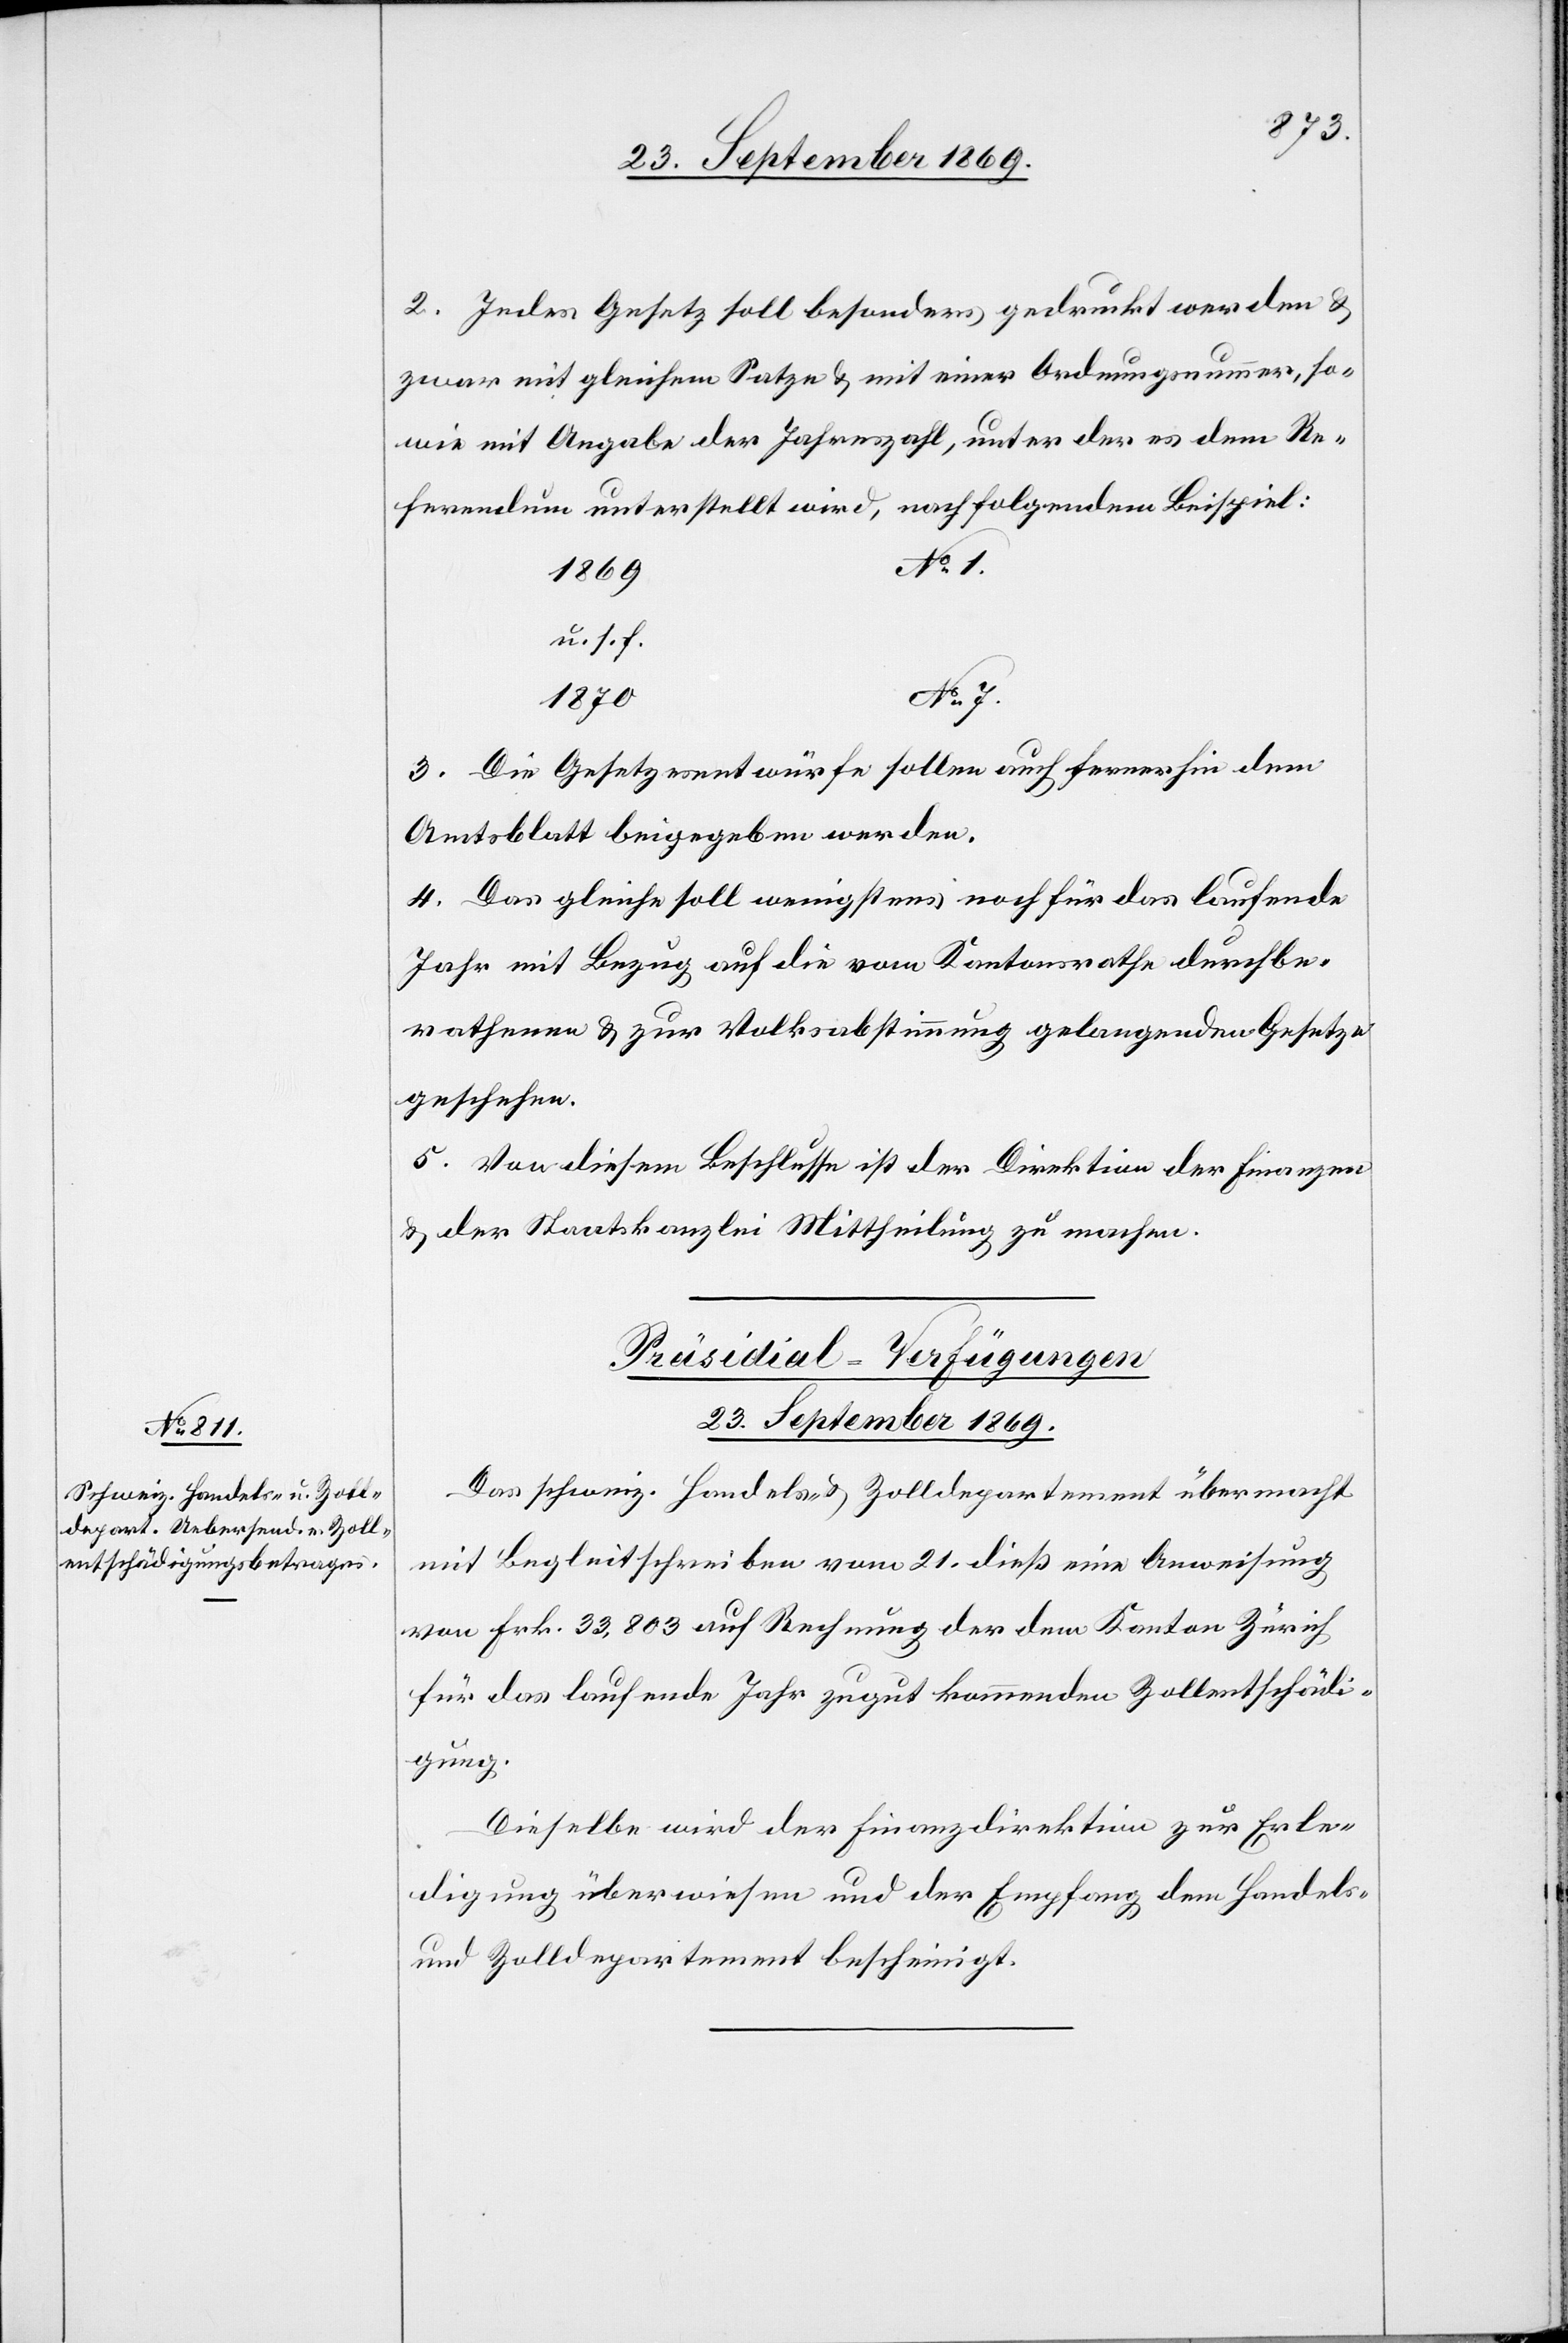
23. September 1869.
2. Jedes Gesetz soll besonders gedruckt werden &
zwar mit gleichem Satze & mit einer Ordnungsnummer, so¬
wie mit Angabe der Jahreszahl, unter der es dem Re¬
ferendum unterstellt wird, nach folgendem Beispiel:
u. s. f.
3. Die Gesetzesentwürfe sollen auch fernerhin dem
Amtsblatt beigegeben werden.
4. Das gleiche soll wenigstens noch für das laufende
Jahr mit Bezug auf die vom Kantonsrathe durchbe¬
rathenen & zur Volksabstimmung gelangenden Gesetze
geschehen.
5. Von diesem Beschlusse ist der Direktion der Finanzen
& der Staatskanzlei Mittheilung zu machen.
Präsidial-Verfügungen
Das schweiz. Handels- & Zolldepartement übermacht
mit Begleitschreiben vom 21. dies eine Anweisung
von Frk. 33,803 auf Rechnung der dem Kanton Zürich
für das laufende Jahr zugut kommenden Zollentschädi¬
gung.
Dieselbe wird der Finanzdirektion zur Erle¬
digung überwiesen und der Empfang dem Handels-
und Zolldepartement bescheinigt.